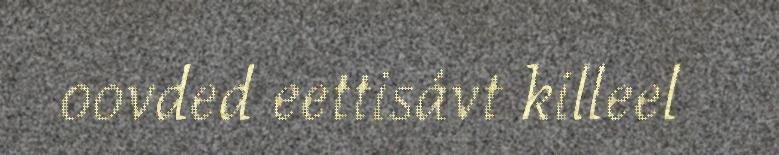
oovded eettisávt killeel